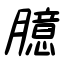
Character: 臆